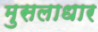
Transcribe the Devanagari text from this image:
मुसलाधार